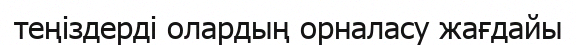
теңіздерді олардың орналасу жағдайы